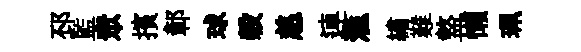
邳監衆擯鄣球榖慈連滙繡難盩懒珮